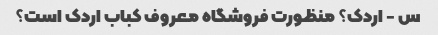
س - اردک؟ منظورت فروشگاه معروف کباب اردک است؟